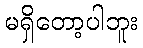
မရှိတော့ပါဘူး